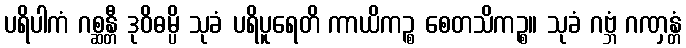
ပရိပါကံ ဂစ္ဆန္တီ ဒုဝိဓမ္ပိ သုခံ ပရိပူရေတိ ကာယိကဉ္စ စေတသိကဉ္စ။ သုခံ ဂဗ္ဘံ ဂဏှန္တံ